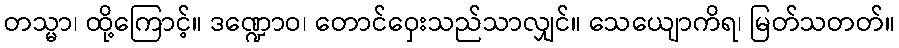
တသ္မာ၊ ထို့ကြောင့်။ ဒဏ္ဍောဝ၊ တောင်ဝှေးသည်သာလျှင်။ သေယျောကိရ၊ မြတ်သတတ်။